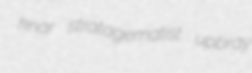
knar stratagematist upbray